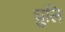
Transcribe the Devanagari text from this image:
घुलि